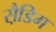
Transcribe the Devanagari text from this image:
स़ैडिग